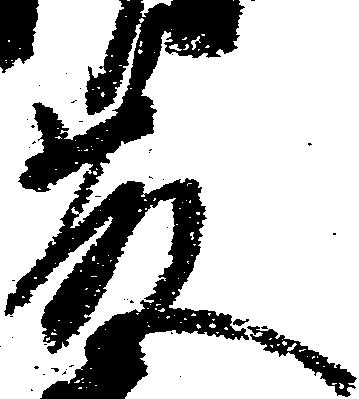
藤